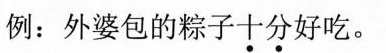
例：外婆包的粽子十分好吃。